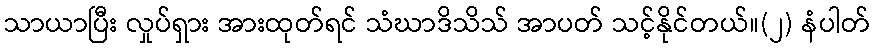
သာယာပြီး လှုပ်ရှား အားထုတ်ရင် သံဃာဒိသိသ် အာပတ် သင့်နိုင်တယ်။(၂) နံပါတ်